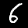
Label: 6